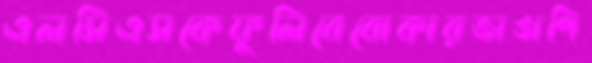
এলসিএসকেফুলিবেবোকারভাঙাপি